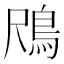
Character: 𱈟